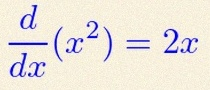
\frac{d}{dx}(x^2)=2x